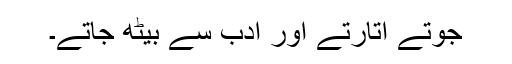
جوتے اتارتے اور ادب سے بیٹھ جاتے۔